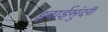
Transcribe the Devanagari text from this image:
हवाईसुंदरी